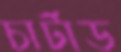
চার্টাড